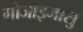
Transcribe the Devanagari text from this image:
गोजाइमासु